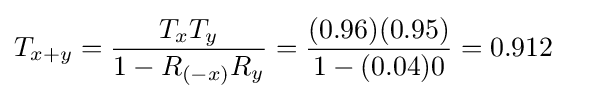
T_{x+y}={\frac {T_{x}T_{y}}{1-R_{(-x)}R_{y}}}={\frac {(0.96)(0.95)}{1-(0.04)0}}=0.912\quad